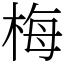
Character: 梅